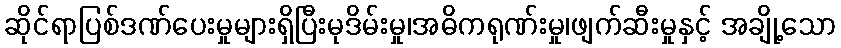
ဆိုင်ရာပြစ်ဒဏ်ပေးမှုများရှိပြီးမုဒိမ်းမှု၊အဓိကရုဏ်းမှု၊ဖျက်ဆီးမှုနှင့် အချို့သော